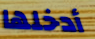
أدخلها